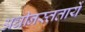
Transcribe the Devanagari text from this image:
अधीनस्ततायें